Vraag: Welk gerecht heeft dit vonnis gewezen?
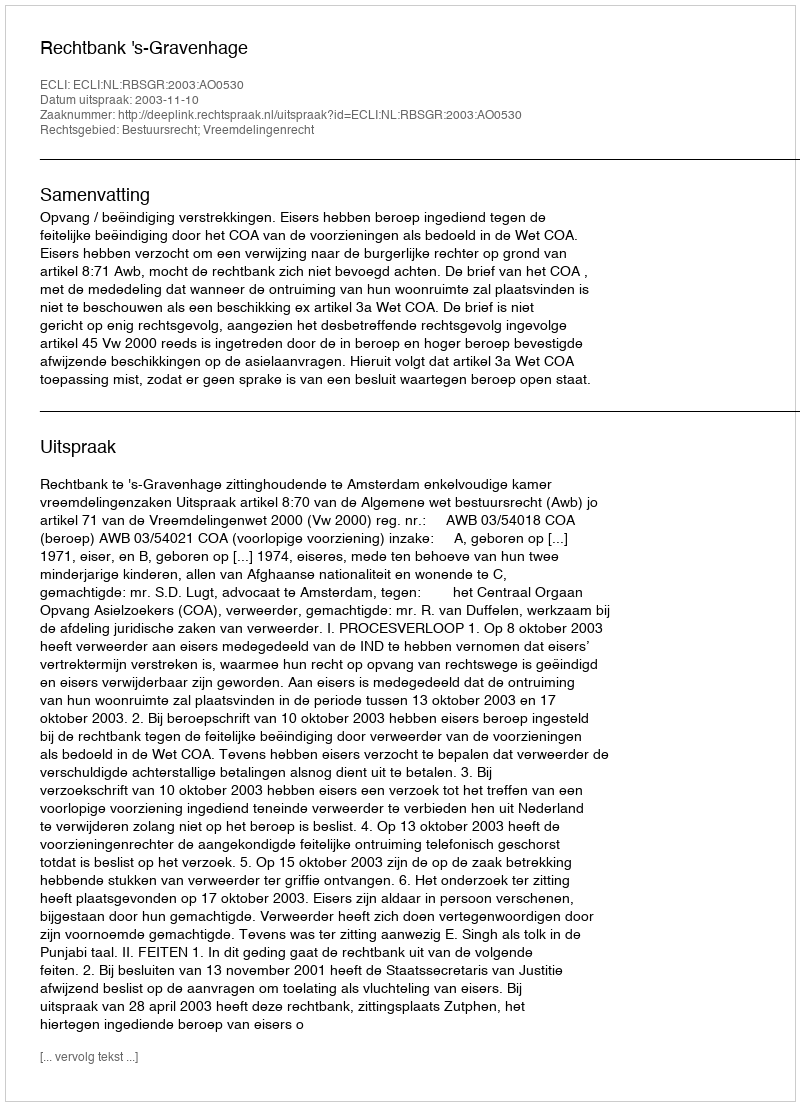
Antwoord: Rechtbank 's-Gravenhage